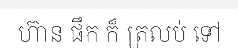
ហ៊ាន ផឹក ក៏ ត្រលប់ ទៅ